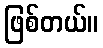
ဖြစ်တယ်။